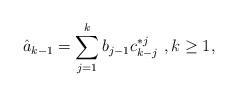
LaTeX: \begin{align*}\hat a_{k-1} = \sum_{j=1}^k b_{j-1} c^{*j}_{k-j}\ , k\ge1,\end{align*}